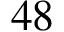
4 8